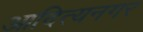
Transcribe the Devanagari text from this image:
आदित्यनगर